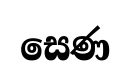
සෙණ